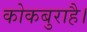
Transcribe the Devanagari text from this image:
कोकबुराहै।